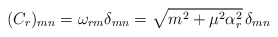
\begin{align*}(C_r)_{mn} = \omega_{rm} \delta_{mn} = \sqrt{m^2 + \mu^2\alpha_r^2}\, \delta_{mn}\end{align*}